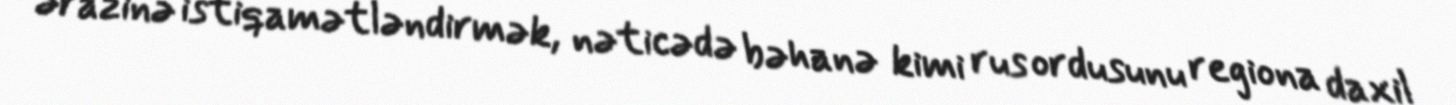
ərazinə istiqamətləndirmək, nəticədə bəhanə kimi rus ordusunu regiona daxil